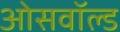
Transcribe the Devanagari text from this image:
ओसवॉल्ड